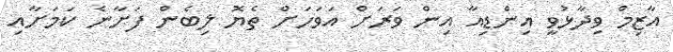
އާޒިމް ވިދާޅުވީ އިންޑިއާ އިން ވަރަށް އަވަހަށް ތެޔޮ ލިބެން ފަށާނެ ކަމަށާއި